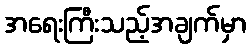
အရေးကြီးသည့်အချက်မှာ